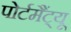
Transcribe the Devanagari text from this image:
पोर्टमैंट्यू